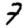
Digit: 7